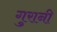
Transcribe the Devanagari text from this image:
गुरानी